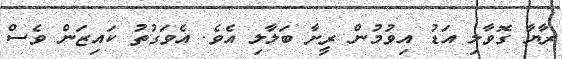
ރާޔާ ގޮވާލި އަޑު އިވުމުން ރީށާ ބަލާލި އެވެ. އެވަގުތު ކައިޒަން ވެސް